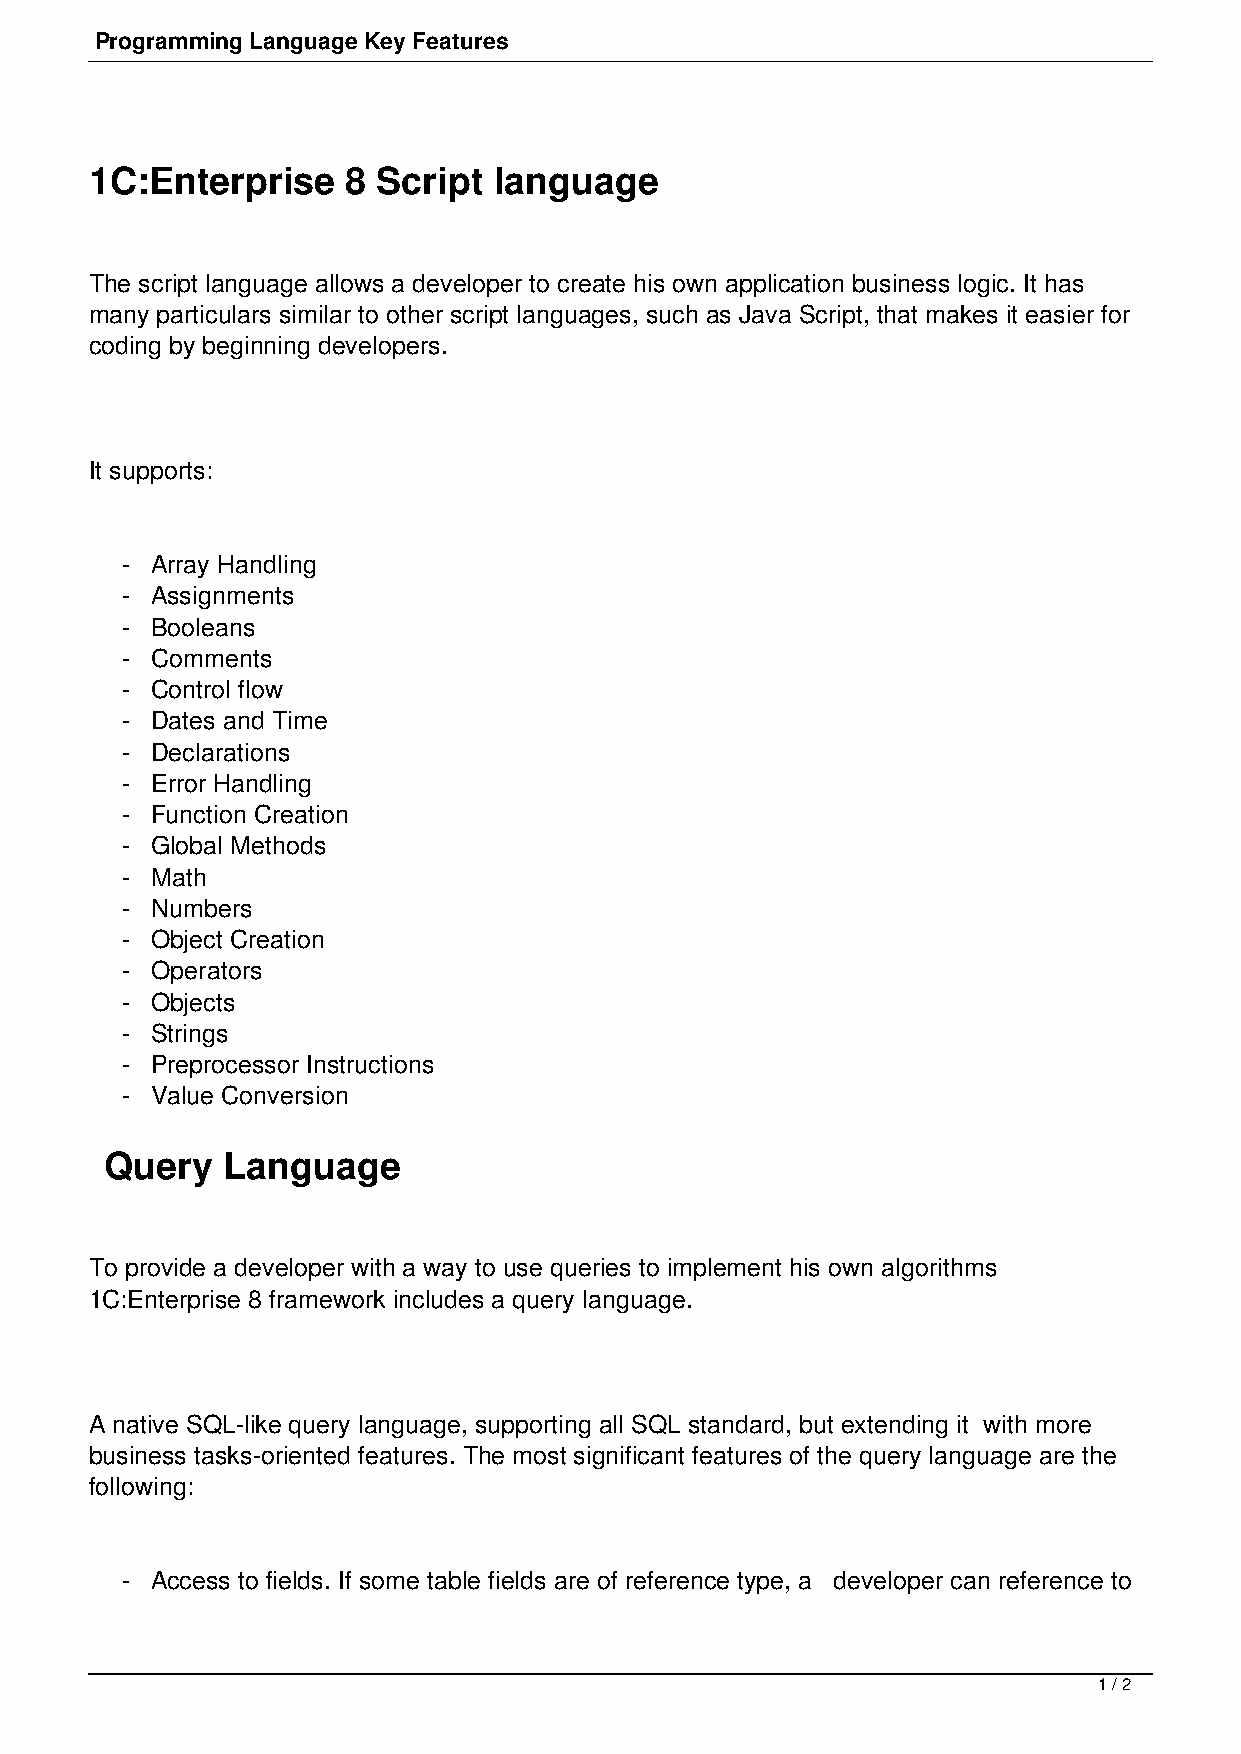
Programming Language Key Features
 1C:Enterprise    8 Script  language
 The script language allows a developer to create his own application business logic. It has
 many particulars similar to other script languages, such as Java Script, that makes it easier for
 coding by beginning developers.
 It supports:
 - Array Handling
 - Assignments
 - Booleans
 - Comments
 - Control flow
 - Dates and Time
 - Declarations
 - Error Handling
 - Function Creation
 - Global Methods
 - Math
 - Numbers
 - Object Creation
 - Operators
 - Objects
 - Strings
 - Preprocessor Instructions
 - Value Conversion
 Query   Language
 To provide a developer with a way to use queries to implement his own algorithms
 1C:Enterprise 8 framework includes a query language.
 A native SQL-like query language, supporting all SQL standard, but extending it with more
 business tasks-oriented features. The most significant features of the query language are the
 following:
 - Access to fields. If some table fields are of reference type, a developer can reference to
 1 / 2